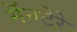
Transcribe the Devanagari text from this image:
मॅनटेरे